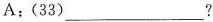
A:(33)___?